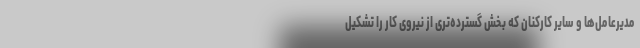
مدیرعامل‌ها و سایر کارکنان که بخش گسترده‌تری از نیروی کار را تشکیل